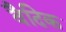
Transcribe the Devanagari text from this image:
वैदिक